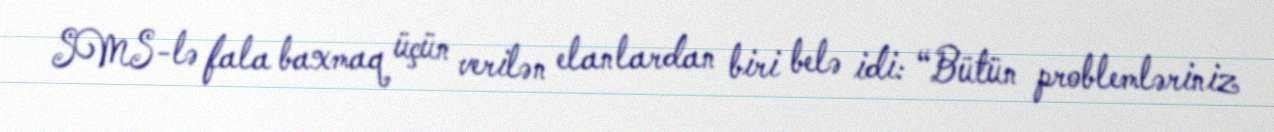
SMS-lə fala baxmaq üçün verilən elanlardan biri belə idi: “Bütün problemləriniz